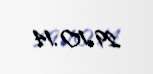
29.10.14